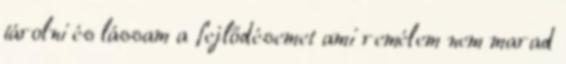
tárolni és lássam a fejlődésemet ami remélem nem marad